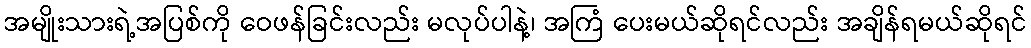
အမျိုးသားရဲ့အပြစ်ကို ဝေဖန်ခြင်းလည်း မလုပ်ပါနဲ့၊ အကြံ ပေးမယ်ဆိုရင်လည်း အချိန်ရမယ်ဆိုရင်